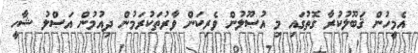
އެމީހުން ޤަބޫލުކުރާ ގޮތުގައި މި އުޞޫލުން ވެރިކަން ވާރުތަކުރަމުން ދިއުމުން އަޞްލު ޝާހީ